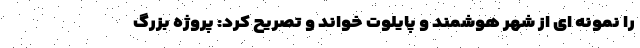
را نمونه ای از شهر هوشمند و پایلوت خواند و تصریح کرد: پروژه بزرگ